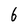
Character: 6